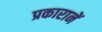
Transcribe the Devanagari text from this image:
प्रकारानें